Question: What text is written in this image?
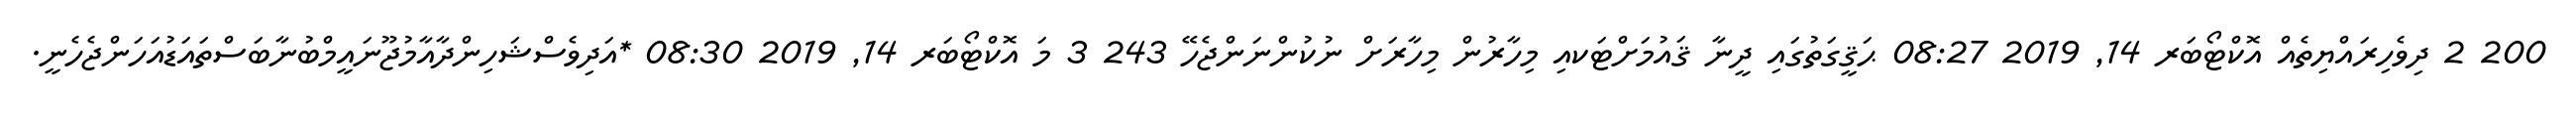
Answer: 200 2 ދިވެހިރައްޔިތެއް އޮކްޓޯބަރ 14, 2019 08:27 ޙަޤީގަތުގައި ދީނާ ޤައުމަށްޓަކއި މިހާރުން މިހާރަށް ނުކުންނަންޖެހޭ 243 3 މަ އޮކްޓޯބަރ 14, 2019 08:30 *އަދިވެސްޝަހިންދާއާމުޖޫނައީމްބުނާބަސްތައަޑުއަހަންޖެހެނީ.